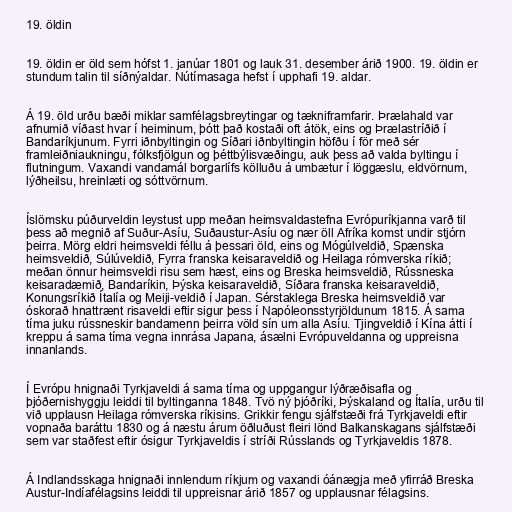
19. öldin

19. öldin er öld sem hófst 1. janúar 1801 og lauk 31. desember árið 1900. 19. öldin er
stundum talin til síðnýaldar. Nútímasaga hefst í upphafi 19. aldar.

Á 19. öld urðu bæði miklar samfélagsbreytingar og tækniframfarir. Þrælahald var
afnumið víðast hvar í heiminum, þótt það kostaði oft átök, eins og Þrælastríðið í
Bandaríkjunum. Fyrri iðnbyltingin og Síðari iðnbyltingin höfðu í för með sér
framleiðniaukningu, fólksfjölgun og þéttbýlisvæðingu, auk þess að valda byltingu í
flutningum. Vaxandi vandamál borgarlífs kölluðu á umbætur í löggæslu, eldvörnum,
lýðheilsu, hreinlæti og sóttvörnum.

Íslömsku púðurveldin leystust upp meðan heimsvaldastefna Evrópuríkjanna varð til
þess að megnið af Suður-Asíu, Suðaustur-Asíu og nær öll Afríka komst undir stjórn
þeirra. Mörg eldri heimsveldi féllu á þessari öld, eins og Mógúlveldið, Spænska
heimsveldið, Súlúveldið, Fyrra franska keisaraveldið og Heilaga rómverska ríkið;
meðan önnur heimsveldi risu sem hæst, eins og Breska heimsveldið, Rússneska
keisaradæmið, Bandaríkin, Þýska keisaraveldið, Síðara franska keisaraveldið,
Konungsríkið Ítalía og Meiji-veldið í Japan. Sérstaklega Breska heimsveldið var
óskorað hnattrænt risaveldi eftir sigur þess í Napóleonsstyrjöldunum 1815. Á sama
tíma juku rússneskir bandamenn þeirra völd sín um alla Asíu. Tjingveldið í Kína átti í
kreppu á sama tíma vegna innrása Japana, ásælni Evrópuveldanna og uppreisna
innanlands.

Í Evrópu hnignaði Tyrkjaveldi á sama tíma og uppgangur lýðræðisafla og
þjóðernishyggju leiddi til byltinganna 1848. Tvö ný þjóðríki, Þýskaland og Ítalía, urðu til
við upplausn Heilaga rómverska ríkisins. Grikkir fengu sjálfstæði frá Tyrkjaveldi eftir
vopnaða baráttu 1830 og á næstu árum öðluðust fleiri lönd Balkanskagans sjálfstæði
sem var staðfest eftir ósigur Tyrkjaveldis í stríði Rússlands og Tyrkjaveldis 1878.

Á Indlandsskaga hnignaði innlendum ríkjum og vaxandi óánægja með yfirráð Breska
Austur-Indíafélagsins leiddi til uppreisnar árið 1857 og upplausnar félagsins.